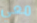
معي